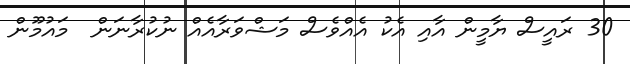
30 ރައީސް ޔާމީން އާއި އެކު އެއްވެސް މަޝްވަރާއެއް ނުކުރާނަން  މައުމޫން